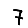
Digit: 7